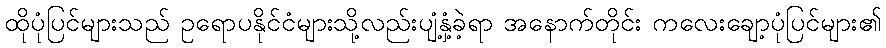
ထိုပုံပြင်များသည် ဥရောပနိုင်ငံများသို့လည်းပျံ့နှံ့ခဲ့ရာ အနောက်တိုင်း ကလေးချော့ပုံပြင်များ၏